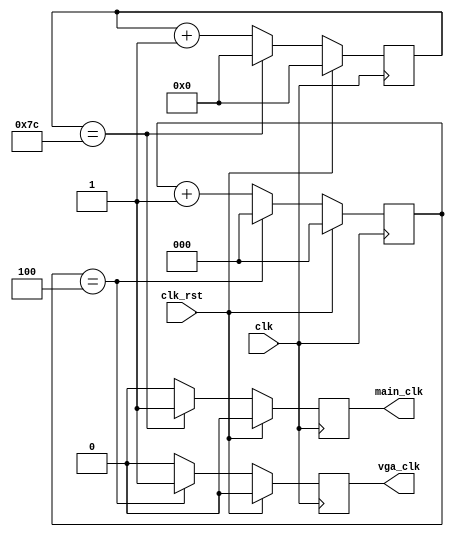
module ClockGen(
  input wire clk, clk_rst,
  output reg main_clk, vga_clk
);

// main
reg [6:0] main_cnt;
localparam main_max = 125;

always @(posedge clk) begin
  if (clk_rst)
    main_cnt <= 0;
  else if (main_cnt == main_max - 1)
    main_cnt <= 0;
  else
    main_cnt <= main_cnt + 1;
end

always @(posedge clk) begin
  if (clk_rst)
    main_clk <= 0;
  else if (main_cnt == main_max - 1)
    main_clk <= 1;
  else
    main_clk <= 0;
end

// vga
reg [2:0] vga_cnt;
localparam vga_max = 5;

always @(posedge clk) begin
  if (clk_rst)
    vga_cnt <= 0;
  else if (vga_cnt == vga_max - 1)
    vga_cnt <= 0;
  else
    vga_cnt <= vga_cnt + 1;
end

always @(posedge clk) begin
  if (clk_rst)
    vga_clk <= 0;
  else if (vga_cnt == vga_max - 1)
    vga_clk <= 1;
  else
    vga_clk <= 0;
end

endmodule